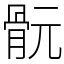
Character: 䯈